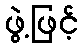
ဖွဲ့ဖြင့်